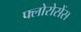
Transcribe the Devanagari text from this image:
फ्लोरोसेंस